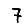
Digit: 7